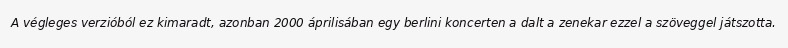
A végleges verzióból ez kimaradt, azonban 2000 áprilisában egy berlini koncerten a dalt a zenekar ezzel a szöveggel játszotta.